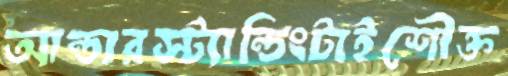
আন্ডারস্ট্যান্ডিংটাইশৌক্ত